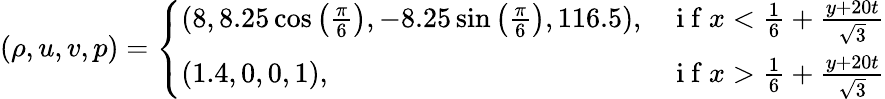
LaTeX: (\rho,u,v,p)=\left\{ \begin{array}{ll}{(8,8.25\cos\left(\frac{\pi}{6}\right),-8.25\sin\left(\frac{\pi}{6}\right),116.5),}&{\mathrm{~i~f~}x<\frac{1}{6}+\frac{y+20t}{\sqrt{3}}}\\ {(1.4,0,0,1),}&{\mathrm{~i~f~}x>\frac{1}{6}+\frac{y+20t}{\sqrt{3}}}\end{array}\right.